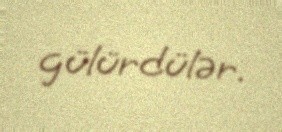
gülürdülər.